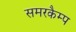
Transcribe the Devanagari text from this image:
समरकैम्प